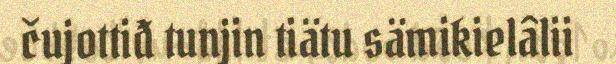
čujottiđ tunjin tiätu sämikielâlii